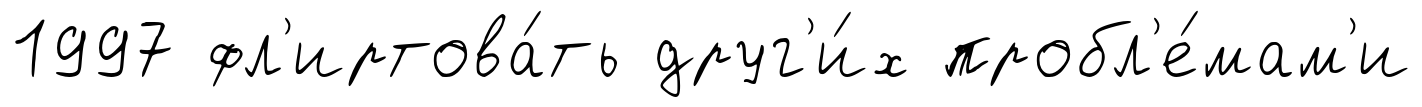
1997 фл'иртова́ть друг'и́х пробл'е́мам'и